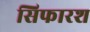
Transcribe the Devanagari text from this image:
सिफारश